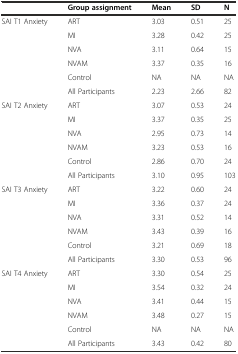
<table><thead><tr><td></td><td><b>Group assignment</b></td><td><b>Mean</b></td><td><b>SD</b></td><td><b>N</b></td></tr></thead><tbody><tr><td>SAI T1 Anxiety</td><td>ART</td><td>3.03</td><td>0.51</td><td>25</td></tr><tr><td></td><td>MI</td><td>3.28</td><td>0.42</td><td>25</td></tr><tr><td></td><td>NVA</td><td>3.11</td><td>0.64</td><td>15</td></tr><tr><td></td><td>NVAM</td><td>3.37</td><td>0.35</td><td>16</td></tr><tr><td></td><td>Control</td><td>NA</td><td>NA</td><td>NA</td></tr><tr><td></td><td>All Participants</td><td>2.23</td><td>2.66</td><td>82</td></tr><tr><td>SAI T2 Anxiety</td><td>ART</td><td>3.07</td><td>0.53</td><td>24</td></tr><tr><td></td><td>MI</td><td>3.37</td><td>0.35</td><td>25</td></tr><tr><td></td><td>NVA</td><td>2.95</td><td>0.73</td><td>14</td></tr><tr><td></td><td>NVAM</td><td>3.23</td><td>0.53</td><td>16</td></tr><tr><td></td><td>Control</td><td>2.86</td><td>0.70</td><td>24</td></tr><tr><td></td><td>All Participants</td><td>3.10</td><td>0.95</td><td>103</td></tr><tr><td>SAI T3 Anxiety</td><td>ART</td><td>3.22</td><td>0.60</td><td>24</td></tr><tr><td></td><td>MI</td><td>3.36</td><td>0.37</td><td>24</td></tr><tr><td></td><td>NVA</td><td>3.31</td><td>0.52</td><td>14</td></tr><tr><td></td><td>NVAM</td><td>3.43</td><td>0.39</td><td>16</td></tr><tr><td></td><td>Control</td><td>3.21</td><td>0.69</td><td>18</td></tr><tr><td></td><td>All Participants</td><td>3.30</td><td>0.53</td><td>96</td></tr><tr><td>SAI T4 Anxiety</td><td>ART</td><td>3.30</td><td>0.54</td><td>25</td></tr><tr><td></td><td>MI</td><td>3.54</td><td>0.32</td><td>24</td></tr><tr><td></td><td>NVA</td><td>3.41</td><td>0.44</td><td>15</td></tr><tr><td></td><td>NVAM</td><td>3.48</td><td>0.27</td><td>15</td></tr><tr><td></td><td>Control</td><td>NA</td><td>NA</td><td>NA</td></tr><tr><td></td><td>All Participants</td><td>3.43</td><td>0.42</td><td>80</td></tr></tbody></table>